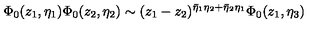
{ \Phi } _ { 0 } ( z _ { 1 } , \eta _ { 1 } ) \Phi _ { 0 } ( z _ { 2 } , \eta _ { 2 } ) \sim ( z _ { 1 } - z _ { 2 } ) ^ { \bar { \eta } _ { 1 } \eta _ { 2 } + \bar { \eta } _ { 2 } \eta _ { 1 } } \Phi _ { 0 } ( z _ { 1 } , \eta _ { 3 } )